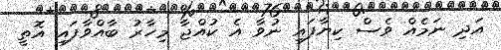
އަދި ނަމެއް ވެސް ކިޔާފައި ނުވާ އެ ކުއްޖާ މިހާރު ބާއްވާފައި އޮތީ